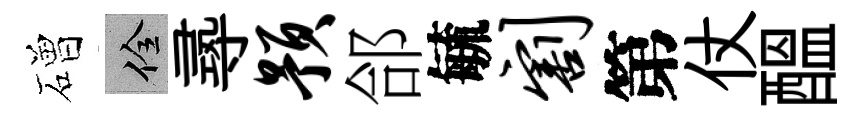
磳佺𡬶预郃毓割第仗醖